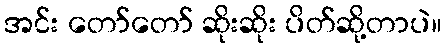
အင်း တော်တော် ဆိုးဆိုး ပိတ်ဆို့တာပဲ။